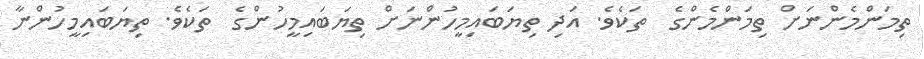
ތިމަންމެންނަށް ތިމަންމެންގެ  ތަކެވެ. އަދި ތިޔަބައިމީހުންނަށް ތިޔަބައިމީހުންގެ  ތަކެވެ. ތިޔަބައިމީހުންނާ